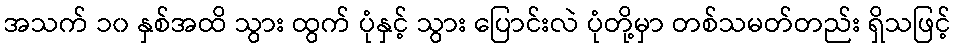
အသက် ၁၀ နှစ်အထိ သွား ထွက် ပုံနှင့် သွား ပြောင်းလဲ ပုံတို့မှာ တစ်သမတ်တည်း ရှိသဖြင့်